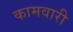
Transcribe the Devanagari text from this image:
कामवारी